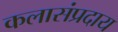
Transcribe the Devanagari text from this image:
कलासंप्रदाय